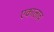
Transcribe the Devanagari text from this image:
एकालाच